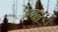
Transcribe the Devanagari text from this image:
अबाल